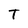
Character: T